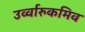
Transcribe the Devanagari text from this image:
उर्व्वारुकमिव